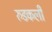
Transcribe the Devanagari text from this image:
रुडकली